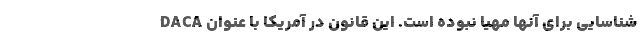
شناسایی برای آنها مهیا نبوده است. این قانون در آمریکا با عنوان DACA